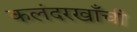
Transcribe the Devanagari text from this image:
कलंदरखाँची